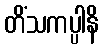
တိံသကပ္ပါနိ